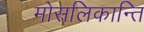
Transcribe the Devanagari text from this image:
मोसलिकान्ति